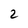
Character: 2